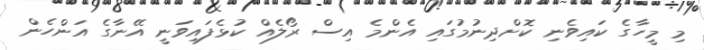
މި މީހާގެ ކައިވެނި ކޮށްދިނުމުގައި އެންމެ އިސް ރޯލެއް ކުޅެފައިވަނީ އޭނާގެ އަންހެން